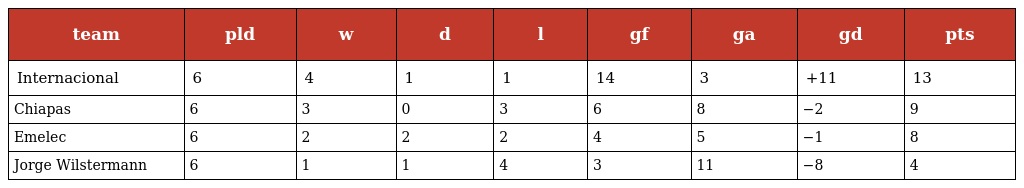
| team | pld | w | d | l | gf | ga | gd | pts |
 | --- | --- | --- | --- | --- | --- | --- | --- | --- |
 | Internacional | 6 | 4 | 1 | 1 | 14 | 3 | +11 | 13 |
 | Chiapas | 6 | 3 | 0 | 3 | 6 | 8 | −2 | 9 |
 | Emelec | 6 | 2 | 2 | 2 | 4 | 5 | −1 | 8 |
 | Jorge Wilstermann | 6 | 1 | 1 | 4 | 3 | 11 | −8 | 4 |